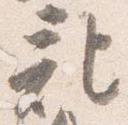
記